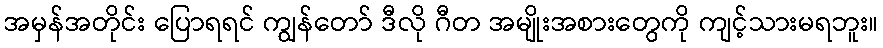
အမှန်အတိုင်း ပြောရရင် ကျွန်တော် ဒီလို ဂီတ အမျိုးအစားတွေကို ကျင့်သားမရဘူး။